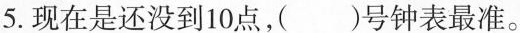
5.现在是还没到10点，()号钟表最准。